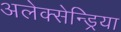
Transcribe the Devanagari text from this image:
अलेक्सेन्ड्रिया